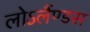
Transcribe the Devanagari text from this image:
लोऽलैंण्डस